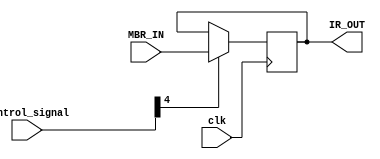
`timescale 1ns / 1ps
//////////////////////////////////////////////////////////////////////////////////
// Company: 
// Engineer: 
// 
// Design Name: 
// Module Name: IR
// Project Name: 
// Target Devices: 
// Tool Versions: 
// Description: 
// 
// Dependencies: 
// 
// Revision:
// Revision 0.01 - File Created
// Additional Comments:
// 
//////////////////////////////////////////////////////////////////////////////////


module IR(
    input clk,
    input [31:0]control_signal,
    input [7:0] MBR_IN,
    output [7:0] IR_OUT
    );
    
reg [7:0] IR_reg = 0;
//reg [7:0] IR_reg_out = 0;
always @(posedge clk)
begin
    if (control_signal[4] == 1)
        IR_reg <= MBR_IN;
end
assign IR_OUT = IR_reg;

endmodule